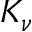
K _ { \nu }